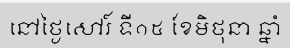
នៅថ្ងៃសៅរ៍ ទី១៥ ខែមិថុនា ឆ្នាំ